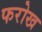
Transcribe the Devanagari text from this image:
फरोख